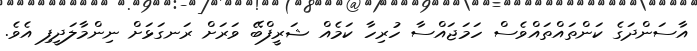
އާސަންދަގެ ކަންތައްތައްވެސް ހަމަޖައްސާ ހުރިހާ ކަމެއް ޝަރީފްބޭ ވަރަށް ރަނގަޅަށް ނިންމާލަދީފި އެވެ.